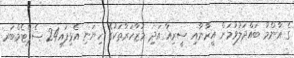
ގެ އާންމު ބައްދަލުވުމަށް އީރާނާއި ސީރިއާ އަދި މުޒާހަރާތަކުގެ ހިޔަނި އެޅިފައި24 ސެޕްޓެމްބަރ